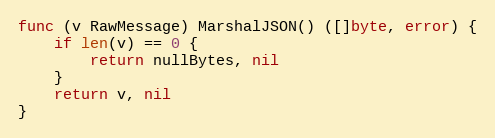
Language: Go
func (v RawMessage) MarshalJSON() ([]byte, error) {
	if len(v) == 0 {
		return nullBytes, nil
	}
	return v, nil
}